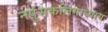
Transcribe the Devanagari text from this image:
नपुंसकलिंगाध्याय